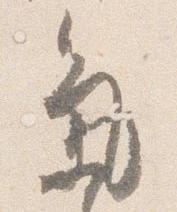
気